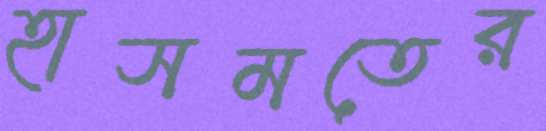
হাসমতের